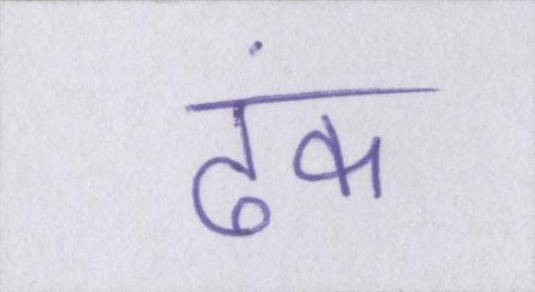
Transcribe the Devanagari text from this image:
ढंक